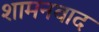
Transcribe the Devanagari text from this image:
शामनवाद